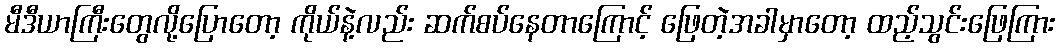
မီဒီယာကြီးတွေလို့ပြောတော့ ကိုယ်နဲ့လည်း ဆက်စပ်နေတာကြောင့် ဖြေတဲ့အခါမှာတော့ ထည့်သွင်းဖြေကြား